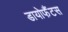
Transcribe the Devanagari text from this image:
डायोफैंटस